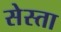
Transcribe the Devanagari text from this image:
सेस्ता